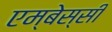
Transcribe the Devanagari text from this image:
एम्बेस्सी